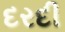
દરદી